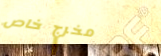
مخرج خاص